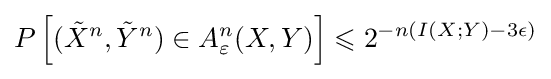
P\left[({\tilde {X}}^{n},{\tilde {Y}}^{n})\in A_{\varepsilon }^{n}(X,Y)\right]\leqslant 2^{-n(I(X;Y)-3\epsilon )}